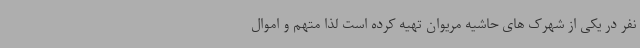
نفر در یکی از شهرک های حاشیه مریوان تهیه کرده است لذا متهم و اموال